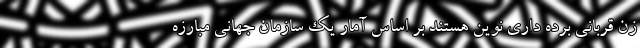
زن قربانی برده داری نوین هستند بر اساس آمار یک سازمان جهانی مبارزه